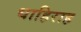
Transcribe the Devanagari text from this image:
धाहिराह